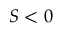
S < 0